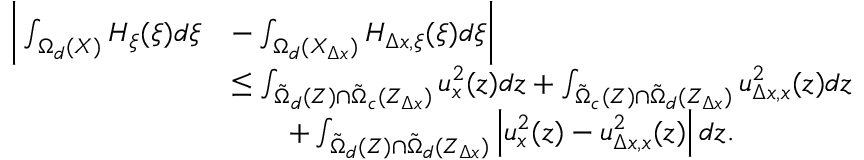
\begin{array} { r l } { \bigg | \int _ { \Omega _ { d } ( X ) } H _ { \xi } ( \xi ) d \xi } & { - \int _ { \Omega _ { d } ( X _ { \Delta x } ) } H _ { \Delta x , \xi } ( \xi ) d \xi \bigg | } \\ & { \leq \int _ { \tilde { \Omega } _ { d } ( Z ) \cap \tilde { \Omega } _ { c } ( Z _ { \Delta x } ) } u _ { x } ^ { 2 } ( z ) d z + \int _ { \tilde { \Omega } _ { c } ( Z ) \cap \tilde { \Omega } _ { d } ( Z _ { \Delta x } ) } u _ { \Delta x , x } ^ { 2 } ( z ) d z } \\ & { \qquad + \int _ { \tilde { \Omega } _ { d } ( Z ) \cap \tilde { \Omega } _ { d } ( Z _ { \Delta x } ) } \left| u _ { x } ^ { 2 } ( z ) - u _ { \Delta x , x } ^ { 2 } ( z ) \right| d z . } \end{array}